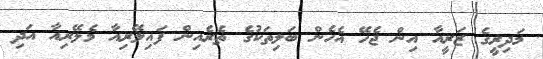
މަދިރީގެ ޒަރީއާ އިން ޖެހޭ އެހެން ބަލިތަކުގެ ތެރެއިން ފައިލޭރިއާ މެލޭރިއާ އަދި